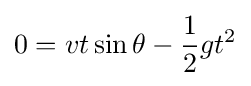
0=vt\sin \theta -{\frac {1}{2}}gt^{2}